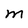
Character: M